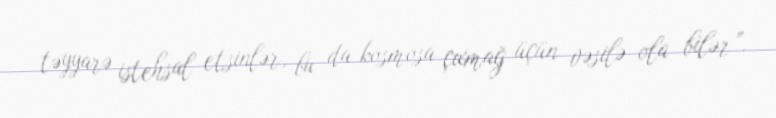
təyyarə istehsal etsinlər, bu da kosmosa çıxmağ üçün vəsilə ola bilər”.